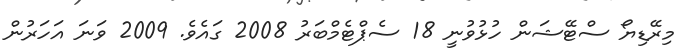
މިރޭޑިޔޯ ސްޓޭޝަން ހުޅުވުނީ 18 ސެޕްޓެމްބަރު 2008 ގައެވެ. 2009 ވަނަ އަހަރުން